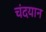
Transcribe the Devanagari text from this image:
चंदयान